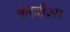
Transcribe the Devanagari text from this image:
करदीअ।